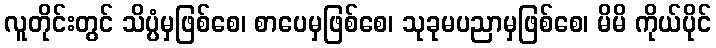
လူတိုင်းတွင် သိပ္ပံမှဖြစ်စေ၊ စာပေမှဖြစ်စေ၊ သုခုမပညာမှဖြစ်စေ၊ မိမိ ကိုယ်ပိုင်